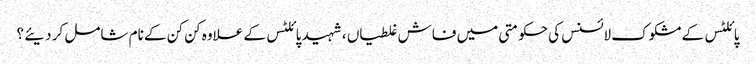
پائلٹس کے مشکوک لائسنس کی حکومتی میں فاش غلطیاں ، شہید پائلٹس کے علاوہ کن کن کے نام شامل کر دیئے ؟